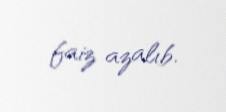
faiz azalıb.